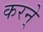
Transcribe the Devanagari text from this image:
करने्